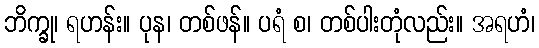
ဘိက္ခု၊ ရဟန်း။ ပုန၊ တစ်ဖန်။ ပရံ စ၊ တစ်ပါးတုံလည်း။ အရဟံ၊